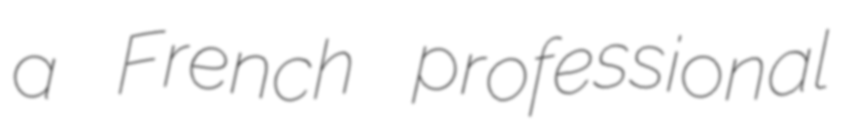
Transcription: a French professional